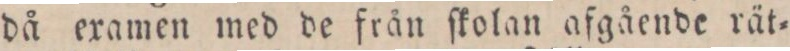
då examen med de från ſkolan afgående rät=